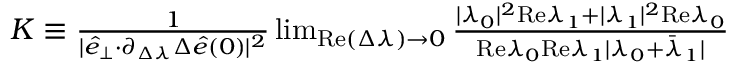
\begin{array} { r } { K \equiv \frac { 1 } { \vert \hat { e } _ { \perp } { \cdot } \partial _ { \Delta \lambda } \Delta \hat { e } ( 0 ) \vert ^ { 2 } } \operatorname* { l i m } _ { \mathrm { R e } ( \Delta \lambda ) \rightarrow 0 } \frac { \vert \lambda _ { 0 } \vert ^ { 2 } \mathrm { R e } \lambda _ { 1 } + \vert \lambda _ { 1 } \vert ^ { 2 } \mathrm { R e } \lambda _ { 0 } } { \mathrm { R e } \lambda _ { 0 } \mathrm { R e } \lambda _ { 1 } \vert \lambda _ { 0 } + \bar { \lambda } _ { 1 } \vert } } \end{array}